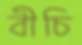
বীচি